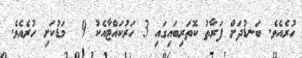
ހުރެއެވެ. ބަނޑުދަށް ފަރާތު ކޮތަރިބައިގައި 3 ހަރުކައްޓާއެކު 9  މަޑުކަށި ހުރެއެވެ.